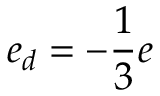
e _ { d } = - \frac { 1 } { 3 } e